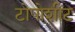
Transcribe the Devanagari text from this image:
टोपोशीट